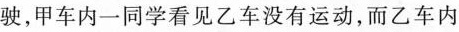
驶，甲车内一同学看见乙车没有运动，而乙车内